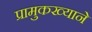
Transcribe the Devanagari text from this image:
प्रामुकख्याने